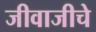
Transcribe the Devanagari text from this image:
जीवाजीचे